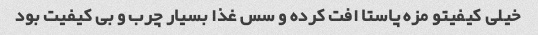
خیلی کیفیتو مزه پاستا افت کرده و سس غذا بسیار چرب و بی کیفیت بود